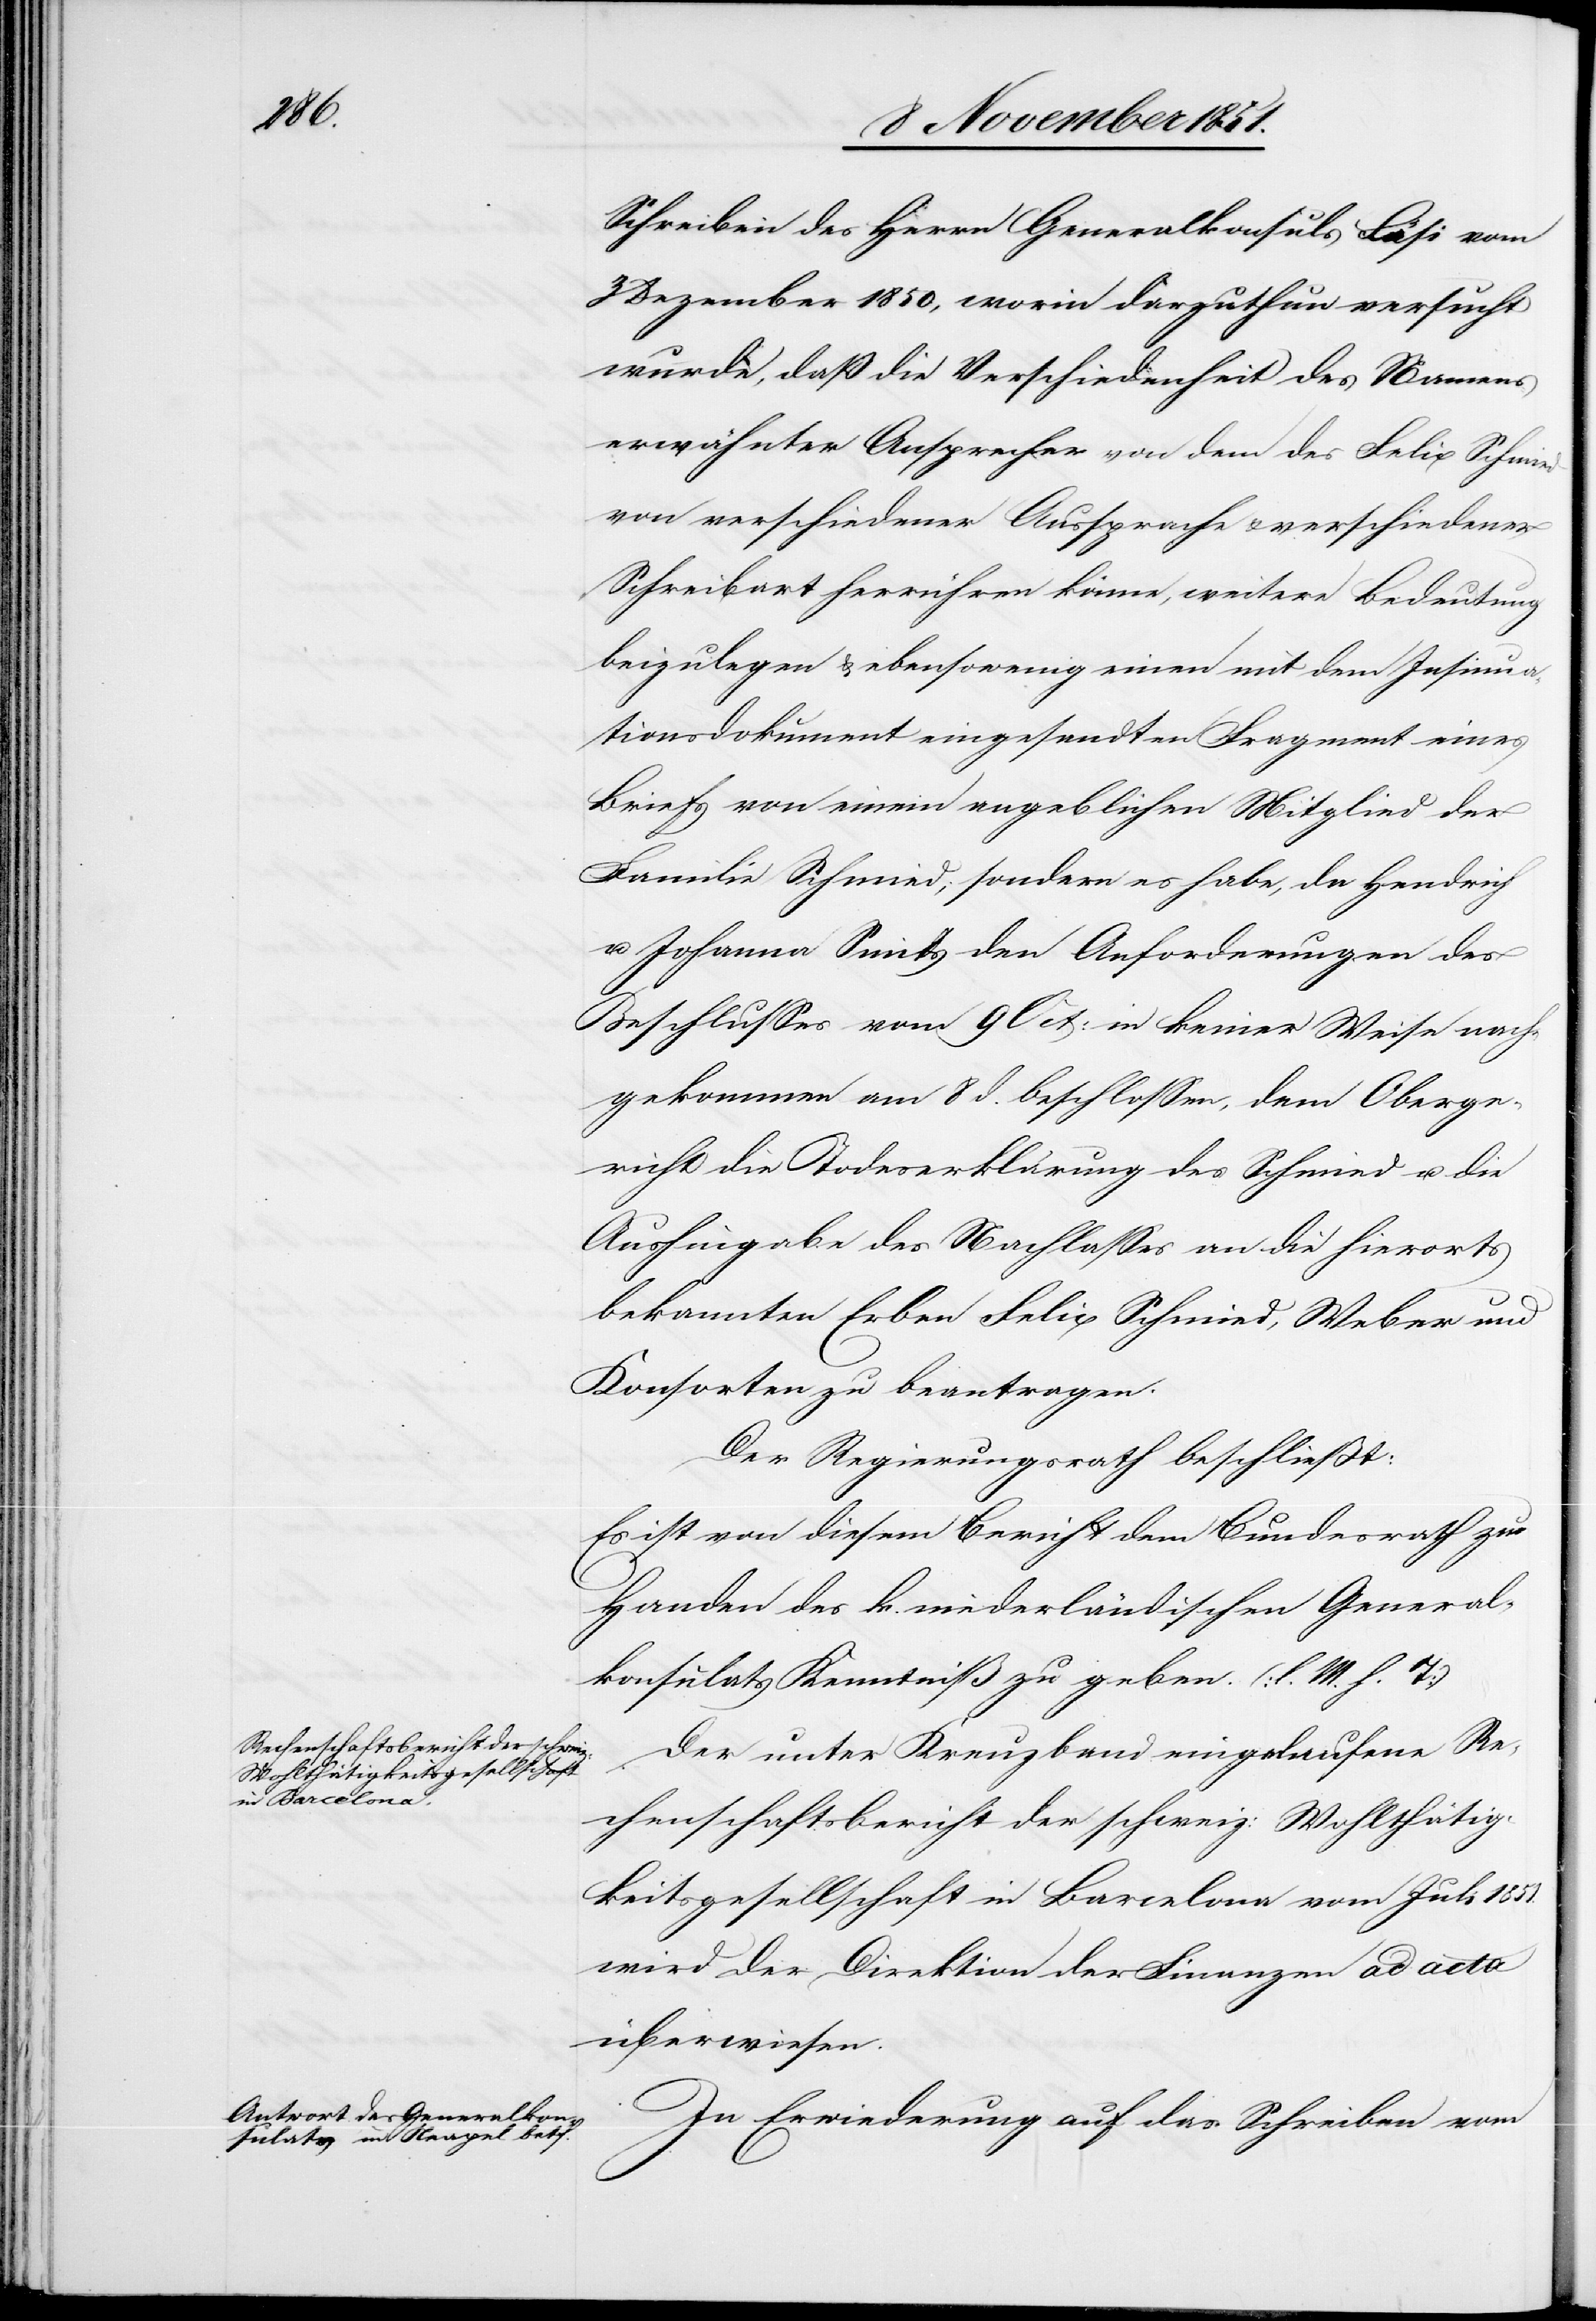
1851.

Schreiben des Herrn Generalkonsuls Fäsi vom
3 Dezember 1850, worin darzuthun versucht
wurde, daß die Verschiedenheit des Namens
erwähnter Ansprecher von dem des Felix Schmied
von verschiedener Aussprache & verschiedener
Schreibart herrühren könne, weitere Bedeutung
beizulegen & ebensowenig einen mit dem Insinua¬
tionsdokument eingesandten Fragment eines
Briefs von einem angeblichen Mitglied der
Familie Schmied; sondern es habe, da Hendrich
u. Johanna Smits den Anforderungen des
Beschlusses vom 9 Oct: in keiner Weise nach¬
gekommen am 8 d. beschlossen, dem Oberge¬
richt die Todeserklärung des Schmied u. die
Aushingabe des Nachlasses an die hierorts
bekannten Erben Felix Schmied, Weber und
Konsorten zu beantragen.
Der Regierungsrath beschließt:
Es ist von diesem Bericht dem Bundesrath zu
Handen des k. niederländischen General¬
konsulats Kenntniß zu geben. (l. M. h. T)
Der unter Kreuzband eingelaufene Re¬
chenschaftsbericht der schweiz: Wohlthätig¬
keitsgesellschaft in Barcelona vom Juli
wird der Direktion der Finanzen ad acta
überwiesen.
In Erwiederung auf das Schreiben vom